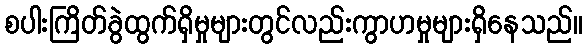
စပါးကြိတ်ခွဲထွက်ရှိမှုများတွင်လည်းကွာဟမှုများရှိနေသည်။